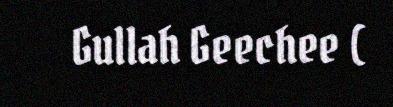
Gullah Geechee (